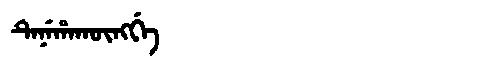
Manchu: ᡨᡝᠨᡝᡥᠠᡴᡡᠩᡤᡝ
Romanization: TENEHAKŪNGGE